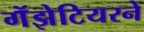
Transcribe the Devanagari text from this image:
गॕझेटियरने